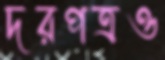
দরপত্রও